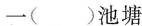
一()池塘